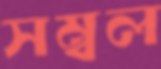
সম্বল